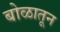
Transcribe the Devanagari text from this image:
बोळातून